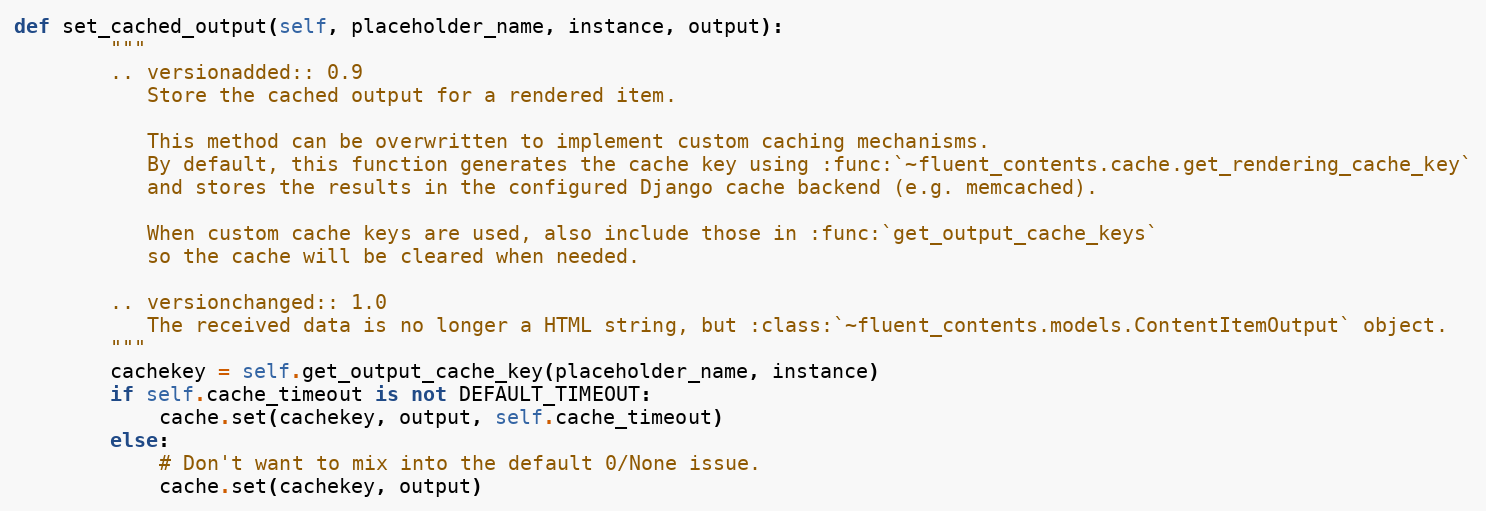
Language: Python
def set_cached_output(self, placeholder_name, instance, output):
        """
        .. versionadded:: 0.9
           Store the cached output for a rendered item.

           This method can be overwritten to implement custom caching mechanisms.
           By default, this function generates the cache key using :func:`~fluent_contents.cache.get_rendering_cache_key`
           and stores the results in the configured Django cache backend (e.g. memcached).

           When custom cache keys are used, also include those in :func:`get_output_cache_keys`
           so the cache will be cleared when needed.

        .. versionchanged:: 1.0
           The received data is no longer a HTML string, but :class:`~fluent_contents.models.ContentItemOutput` object.
        """
        cachekey = self.get_output_cache_key(placeholder_name, instance)
        if self.cache_timeout is not DEFAULT_TIMEOUT:
            cache.set(cachekey, output, self.cache_timeout)
        else:
            # Don't want to mix into the default 0/None issue.
            cache.set(cachekey, output)